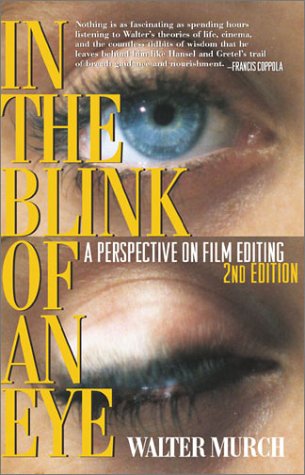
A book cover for In the Blink of an Eye: A Perspective on Film Editing, 2nd Edition; Walter Murch; Humor & Entertainment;